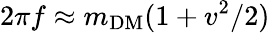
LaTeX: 2\pi f\approx m_{\mathrm{DM}}(1+v^{2}/2)